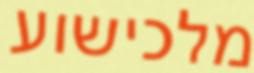
מלכישוע